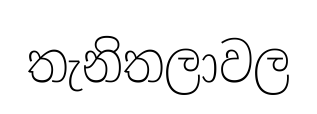
තැනිතලාවල